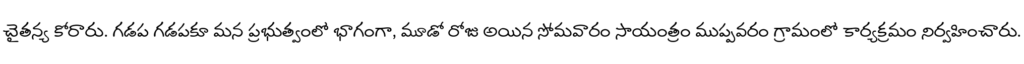
చైతన్య కోరారు. గడప గడపకూ మన ప్రభుత్వంలో భాగంగా, మూడో రోజు అయిన సోమవారం సాయంత్రం ముప్పవరం గ్రామంలో కార్యక్రమం నిర్వహించారు.